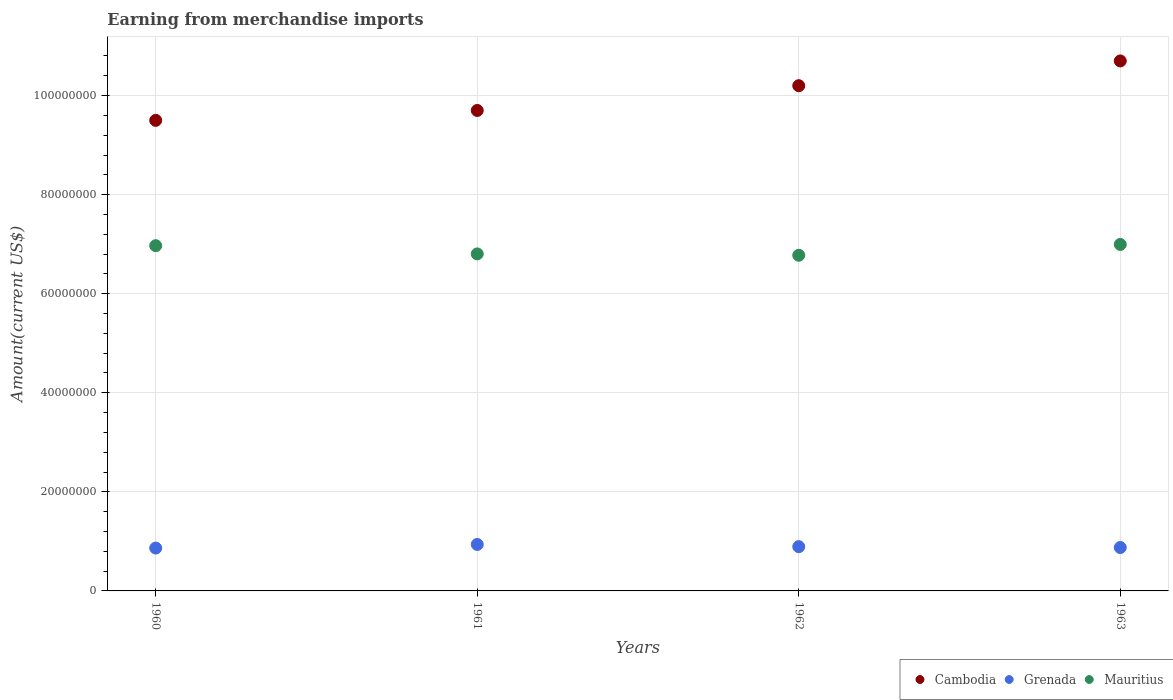
| Years | Cambodia | Grenada | Mauritius |
 | --- | --- | --- | --- |
 | 1960 | 9.5e+07 | 8.65e+06 | 6.97e+07 |
 | 1961 | 9.7e+07 | 9.38e+06 | 6.8e+07 |
 | 1962 | 1.02e+08 | 8.94e+06 | 6.78e+07 |
 | 1963 | 1.07e+08 | 8.76e+06 | 7e+07 |